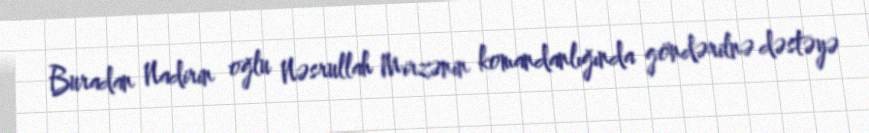
Buradan Nadirin oğlu Nəsrullah Mirzənin komandanlığında göndərilnə dəstəyə